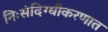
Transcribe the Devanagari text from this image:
निःसंदिग्धीकरणात